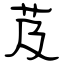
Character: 芨